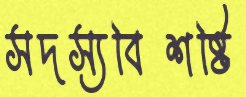
সদস্যবিশষ্টি